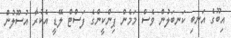
އިބޫގެ އަނބި ކަނބަލުން ވެސް މަމެން ޕިންކީންގެ ފަސްޓް ލޭޑީ އެކުރާ އުސޫލުން